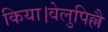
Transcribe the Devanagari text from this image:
किया।वेलुपिल्लै